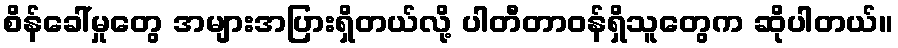
စိန်ခေါ်မှုတွေ အများအပြားရှိတယ်လို့ ပါတီတာဝန်ရှိသူတွေက ဆိုပါတယ်။